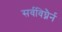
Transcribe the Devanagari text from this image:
सर्वविघ्नैर्न